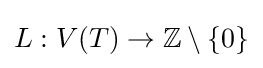
L:V(T)\to \mathbb {Z} \setminus \{0\}